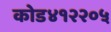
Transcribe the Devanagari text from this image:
कोड४१२२०५